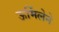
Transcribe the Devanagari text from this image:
ऊर्मिलेने